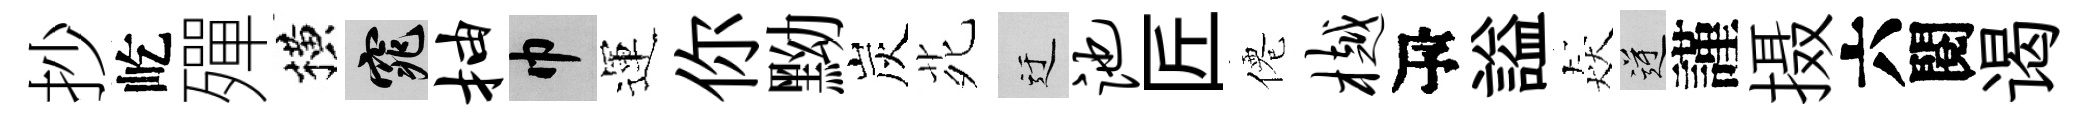
抄屹殫横窕抽巾運你黝炭𫟍迂池匠僊樾瓴謚猋逆謹摄六閱谒